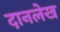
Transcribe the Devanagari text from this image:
दानलेख